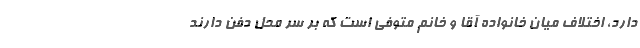
دارد، اختلاف میان خانواده آقا و خانم متوفی است که بر سر محل دفن دارند